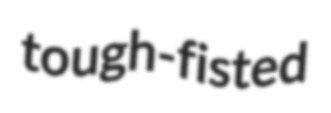
tough-fisted